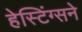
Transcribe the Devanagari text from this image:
हेस्टिंग्सने